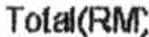
TOTAL(RM)